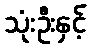
သုံးဦးနှင့်